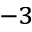
^ { - 3 }